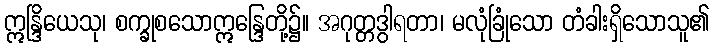
ဣန္ဒြိယေသု၊ စက္ခုစသောဣန္ဒြေတို့၌။ အဂုတ္တဒွါရတာ၊ မလုံခြုံသော တံခါးရှိသောသူ၏